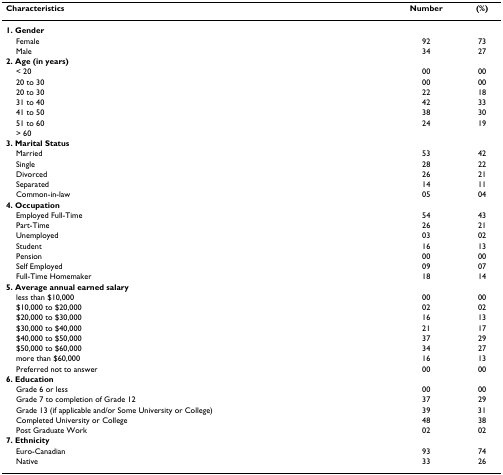
<table><thead><tr><td><b>Characteristics</b></td><td><b>Number</b></td><td><b>(%)</b></td></tr></thead><tbody><tr><td><b>1. Gender</b></td><td></td><td></td></tr><tr><td> Female</td><td>92</td><td>73</td></tr><tr><td> Male</td><td>34</td><td>27</td></tr><tr><td><b>2. Age (in years)</b></td><td></td><td></td></tr><tr><td> &lt; 20</td><td>00</td><td>00</td></tr><tr><td> 20 to 30</td><td>00</td><td>00</td></tr><tr><td> 20 to 30</td><td>22</td><td>18</td></tr><tr><td> 31 to 40</td><td>42</td><td>33</td></tr><tr><td> 41 to 50</td><td>38</td><td>30</td></tr><tr><td> 51 to 60</td><td>24</td><td>19</td></tr><tr><td> &gt; 60</td><td></td><td></td></tr><tr><td><b>3. Marital Status</b></td><td></td><td></td></tr><tr><td> Married</td><td>53</td><td>42</td></tr><tr><td> Single</td><td>28</td><td>22</td></tr><tr><td> Divorced</td><td>26</td><td>21</td></tr><tr><td> Separated</td><td>14</td><td>11</td></tr><tr><td> Common-in-law</td><td>05</td><td>04</td></tr><tr><td><b>4. Occupation</b></td><td></td><td></td></tr><tr><td> Employed Full-Time</td><td>54</td><td>43</td></tr><tr><td> Part-Time</td><td>26</td><td>21</td></tr><tr><td> Unemployed</td><td>03</td><td>02</td></tr><tr><td> Student</td><td>16</td><td>13</td></tr><tr><td> Pension</td><td>00</td><td>00</td></tr><tr><td> Self Employed</td><td>09</td><td>07</td></tr><tr><td> Full-Time Homemaker</td><td>18</td><td>14</td></tr><tr><td><b>5. Average annual earned salary</b></td><td></td><td></td></tr><tr><td> less than $10,000</td><td>00</td><td>00</td></tr><tr><td> $10,000 to $20,000</td><td>02</td><td>02</td></tr><tr><td> $20,000 to $30,000</td><td>16</td><td>13</td></tr><tr><td> $30,000 to $40,000</td><td>21</td><td>17</td></tr><tr><td> $40,000 to $50,000</td><td>37</td><td>29</td></tr><tr><td> $50,000 to $60,000</td><td>34</td><td>27</td></tr><tr><td> more than $60,000</td><td>16</td><td>13</td></tr><tr><td> Preferred not to answer</td><td>00</td><td>00</td></tr><tr><td><b>6. Education</b></td><td></td><td></td></tr><tr><td> Grade 6 or less</td><td>00</td><td>00</td></tr><tr><td> Grade 7 to completion of Grade 12</td><td>37</td><td>29</td></tr><tr><td> Grade 13 (if applicable and/or Some University or College)</td><td>39</td><td>31</td></tr><tr><td> Completed University or College</td><td>48</td><td>38</td></tr><tr><td> Post Graduate Work</td><td>02</td><td>02</td></tr><tr><td><b>7. Ethnicity</b></td><td></td><td></td></tr><tr><td> Euro-Canadian</td><td>93</td><td>74</td></tr><tr><td> Native</td><td>33</td><td>26</td></tr></tbody></table>